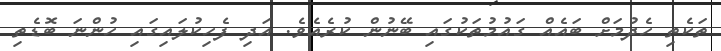
ތަކެތި ހެދުމަށް ބައެއް ގައުމުތަކުގައި ބޭނުން ކުރެއެވެ. އަދި ފެހިކުލައިގައި ހުންނަ ބޮޑެތި